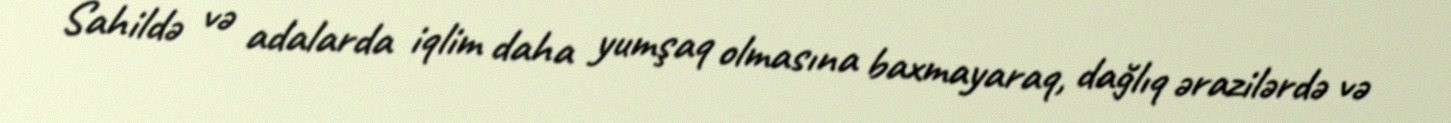
Sahildə və adalarda iqlim daha yumşaq olmasına baxmayaraq, dağlıq ərazilərdə və